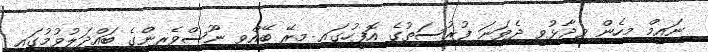
ނައީމް މިހެން ވިދާޅުވީ ދެވަނަ ފުރުސަތުގެ އޮފީހުގައި މިރޭ ބޭއްވި ނޫސްވެރިންގެ ބައްދަލުވުމުގައި